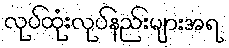
လုပ်ထုံးလုပ်နည်းများအရ